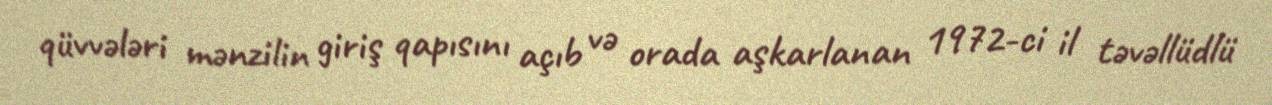
qüvvələri mənzilin giriş qapısını açıb və orada aşkarlanan 1972-ci il təvəllüdlü